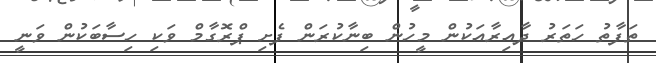
ތަފާތު ހަތަރު ދާއިރާއަކުން މީހުން ބިނާކުރަން ފެށި ޕްރޮގާމް ވަކި ހިސާބަކުން ވަނީ